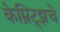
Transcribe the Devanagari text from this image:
केम्निट्झचे